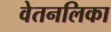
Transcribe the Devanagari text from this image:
वेतनलिका